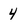
Character: 4